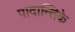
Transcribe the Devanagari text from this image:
पादान्तिके